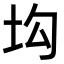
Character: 㘬